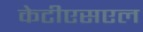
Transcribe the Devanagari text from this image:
केटीएसएल